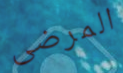
المرضى